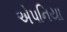
એપનિયા